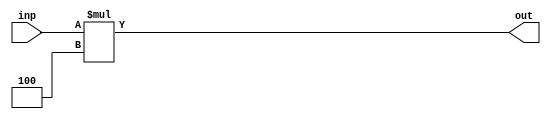
module twobitshifter(inp,out);
    input [31:0] inp;
    output reg[31:0] out;
    always@(inp)
        out = inp * 4;
endmodule